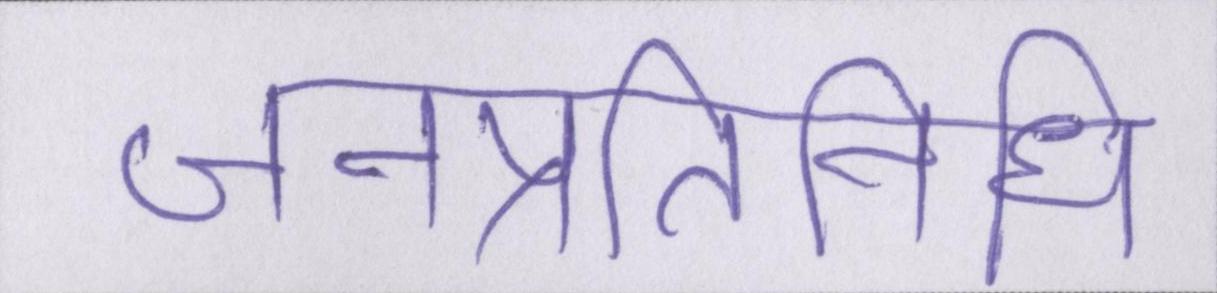
जनप्रतिनिधि